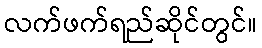
လက်ဖက်ရည်ဆိုင်တွင်။